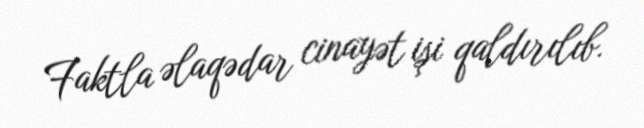
Faktla əlaqədar cinayət işi qaldırılıb.